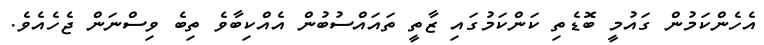
އެހެންކަމުން ގައުމީ ބޮޑެތި ކަންކަމުގައި ޒާތީ ތައައްސުބުން އެއްކިބާވެ ތިބެ ވިސްނަން ޖެހެއެވެ.